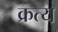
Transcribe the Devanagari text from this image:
क्रत्य